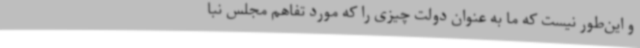
و این‌طور نیست که ما به عنوان دولت چیزی را که مورد تفاهم مجلس نبا